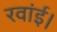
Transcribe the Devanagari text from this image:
रवांई।